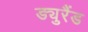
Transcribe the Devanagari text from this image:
ड्युरैंड